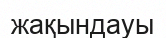
жақындауы